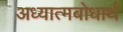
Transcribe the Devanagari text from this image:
अध्यात्मबोधार्थ